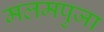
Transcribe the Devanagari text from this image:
मलमपुजा